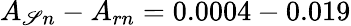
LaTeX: A_{\mathscr{S}n}-A_{rn}=0.0004-0.019